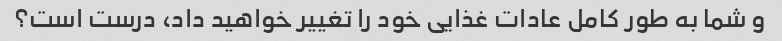
و شما به طور کامل عادات غذایی خود را تغییر خواهید داد، درست است؟